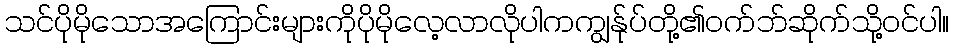
သင်ပိုမိုသောအကြောင်းများကိုပိုမိုလေ့လာလိုပါကကျွန်ုပ်တို့၏ဝက်ဘ်ဆိုက်သို့ဝင်ပါ။